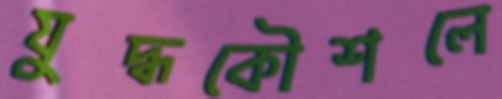
যুদ্ধকৌশলে